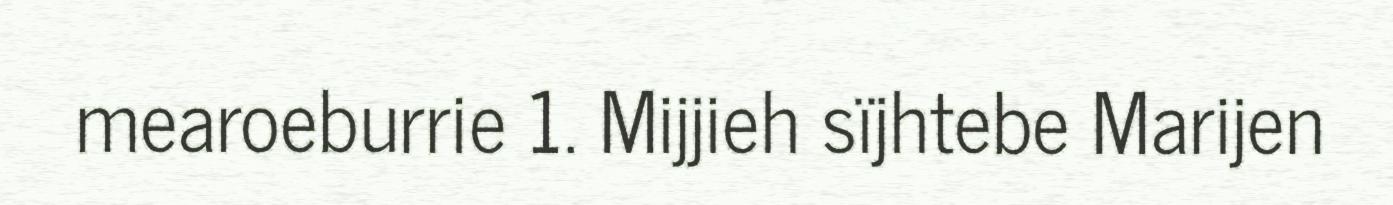
mearoeburrie 1. Mijjieh sïjhtebe Marijen